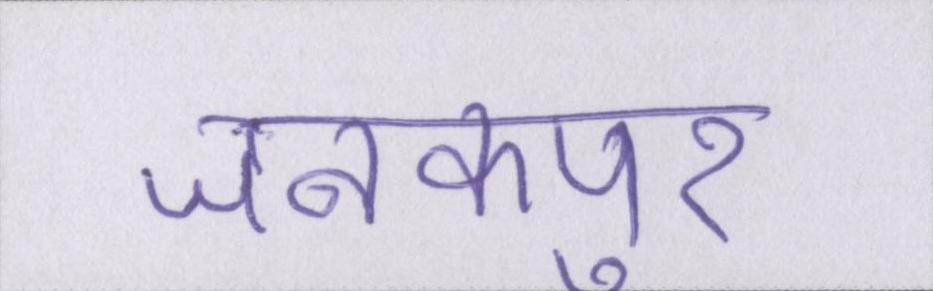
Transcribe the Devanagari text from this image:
जनकपुर